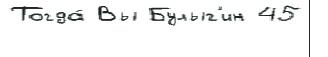
Тогда́ Вы Булыг'ин 45